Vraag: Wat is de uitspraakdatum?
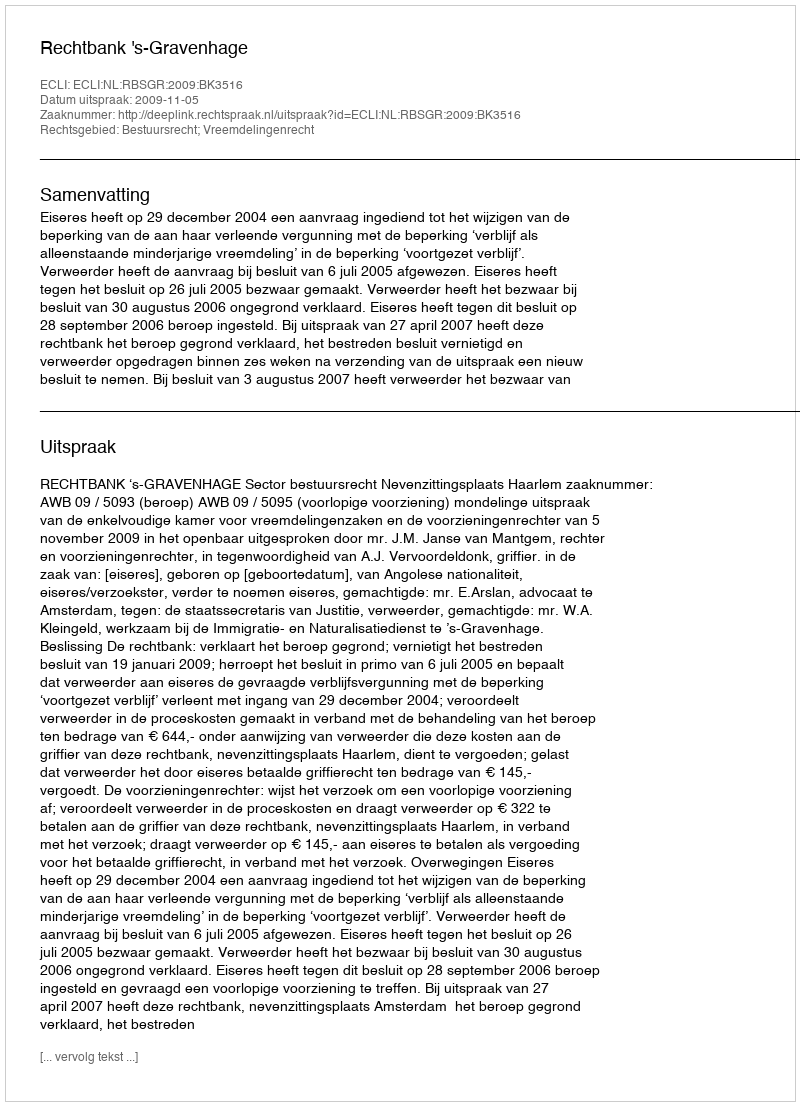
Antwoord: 2009-11-05